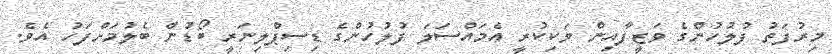
މިރުފަތު ފުލުހުންގެ ވަޒީފާއިން ވަކިކުރީ އެމައްސަލަ ފުލުހުންގެ ޑިސިޕްލިނަރީ ބޯޑުން ބެލުމަށްފަހު އެވެ.